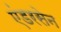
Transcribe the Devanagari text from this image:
एंडरसेन